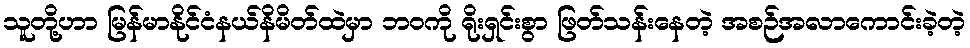
သူတို့ဟာ မြန်မာနိုင်ငံနယ်နိမိတ်ထဲမှာ ဘဝကို ရိုးရှင်းစွာ ဖြတ်သန်းနေတဲ့ အစဉ်အလာကောင်းခဲ့တဲ့